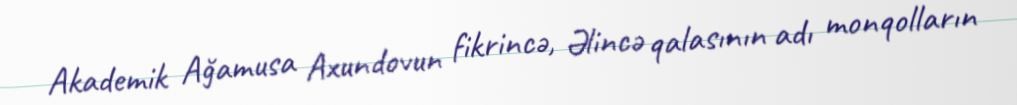
Akademik Ağamusa Axundovun fikrincə, Əlincə qalasının adı monqolların